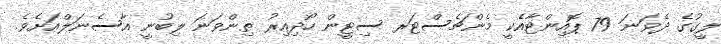
ލީގުގެ ދެވަނަ 79 ޕޮއިންޓާއެކީ މެންޗެސްޓަރ ސިޓީން ހޯދިއިރު ތިންވަނަ ލިބުނީ އާސެނަލްއަށެވެ.